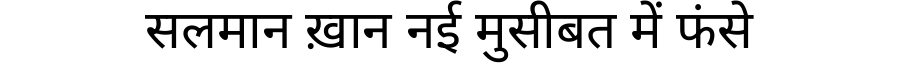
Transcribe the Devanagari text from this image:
सलमान ख़ान नई मुसीबत में फंसे